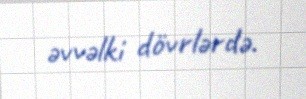
əvvəlki dövrlərdə.